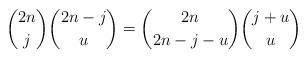
LaTeX: \begin{align*}\binom{2n}{j}\binom{2n-j}{u}=\binom{2n}{2n-j-u}\binom{j+u}{u}\end{align*}